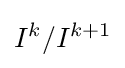
I^{k}/I^{k+1}